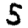
Digit: 5